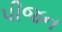
પીજન